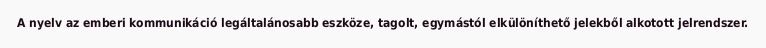
A nyelv az emberi kommunikáció legáltalánosabb eszköze, tagolt, egymástól elkülöníthető jelekből alkotott jelrendszer.